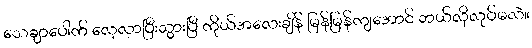
သေချာပေါက် လေ့လာပြီးသွားပြီ ကိုယ်အလေးချိန် မြန်မြန်ကျအောင် ဘယ်လိုလုပ်မလဲ။